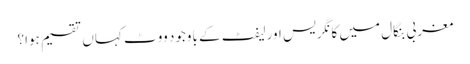
مغربی بنگال میں کانگریس اورلیفٹ کے باوجود ووٹ کہاں تقسیم ہوا؟